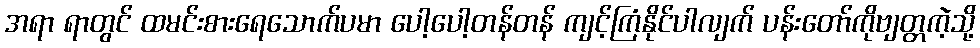
အရာ ရာတွင် ထမင်းစားရေသောက်ပမာ ပေါ့ပေါ့တန်တန် ကျင့်ကြံနိုင်ပါလျက် ပန်းတော်ကိုဗျတ္တကဲ့သို့